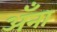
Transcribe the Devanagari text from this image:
अँना